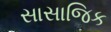
સાસાજિક